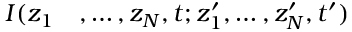
\begin{array} { r l } { I ( z _ { 1 } } & { { } , \dots , z _ { N } , t ; z _ { 1 } ^ { \prime } , \dots , z _ { N } ^ { \prime } , t ^ { \prime } ) } \end{array}